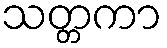
သတ္တကာ